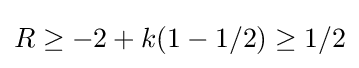
R\geq -2+k(1-1/2)\geq 1/2